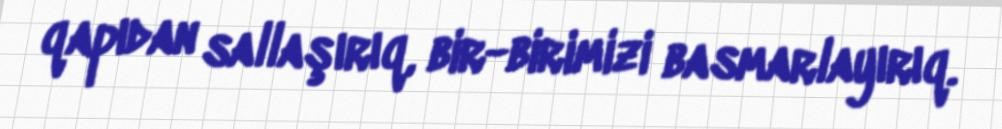
qapıdan sallaşırıq, bir-birimizi basmarlayırıq.